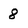
Character: 8